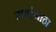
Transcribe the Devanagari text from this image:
रावांभाठा